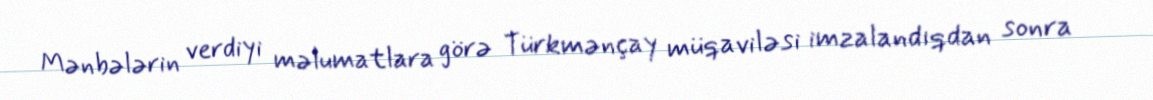
Mənbələrin verdiyi məlumatlara görə Türkmənçay müqaviləsi imzalandıqdan sonra